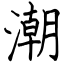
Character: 潮